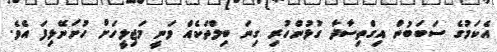
އެކަމުގެ ސަބަބުން އިގްތިސާދާ ގުޅުންހުރި ގިނަ ބިލްތަކެއް ވަނީ މަޖިލީހަށް ހުށަނޭޅިފަ އެވެ.